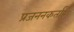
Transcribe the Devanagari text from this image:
प्रजननकर्ता